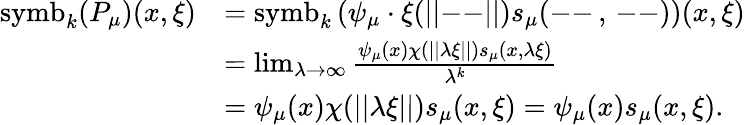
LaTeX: \begin{array}{rl}{\mathrm{symb}_{k}(P_{\mu})(x,\xi)}&{=\mathrm{symb}_{k}\left(\psi_{\mu}\cdot\xi(||\mathrm{--}||)s_{\mu}(\mathrm{--}\, ,\, \mathrm{--})\right)(x,\xi)}\\ &{=\operatorname*{lim}_{\lambda\rightarrow\infty}\frac{\psi_{\mu}(x)\chi(||\lambda\xi||)s_{\mu}(x,\lambda\xi)}{\lambda^{k}}}\\ &{=\psi_{\mu}(x)\chi(||\lambda\xi||)s_{\mu}(x,\xi)=\psi_{\mu}(x)s_{\mu}(x,\xi).}\end{array}